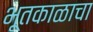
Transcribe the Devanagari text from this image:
भूतकाळाचा